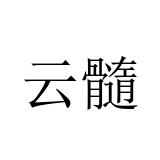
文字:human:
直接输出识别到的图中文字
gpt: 云髓